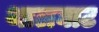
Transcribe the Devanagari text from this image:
थालघाट